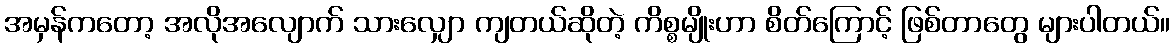
အမှန်ကတော့ အလိုအလျောက် သားလျှော ကျတယ်ဆိုတဲ့ ကိစ္စမျိုးဟာ စိတ်ကြောင့် ဖြစ်တာတွေ များပါတယ်။